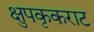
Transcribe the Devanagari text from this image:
क्षुपकृकराट